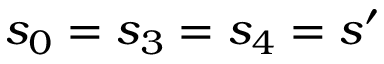
s _ { 0 } = s _ { 3 } = s _ { 4 } = s ^ { \prime }